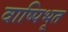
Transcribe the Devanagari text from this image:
वाष्पिभूत